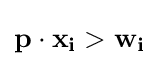
\mathbf {p} \cdot \mathbf {x_{i}} >\mathbf {w_{i}}